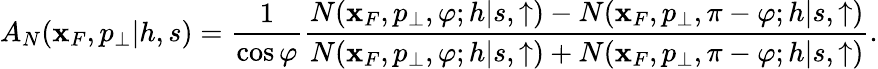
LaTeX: A_{N}(\mathbf{x}_{F},p_{\perp}|h,s)={\frac{{1}}{{\cos\varphi}}}{\frac{{N(\mathbf{x}_{F},p_{\perp},\varphi;h|s,\uparrow)-N(\mathbf{x}_{F},p_{\perp},\pi-\varphi;h|s,\uparrow)}}{{N(\mathbf{x}_{F},p_{\perp},\varphi;h|s,\uparrow)+N(\mathbf{x}_{F},p_{\perp},\pi-\varphi;h|s,\uparrow)}}}.